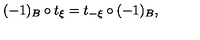
( - 1 ) _ { B } \circ t _ { \xi } = t _ { - \xi } \circ ( - 1 ) _ { B } ,